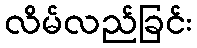
လိမ်လည်ခြင်း